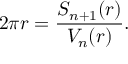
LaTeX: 2 \pi r = { \frac { S _ { n + 1 } ( r ) } { V _ { n } ( r ) } } .